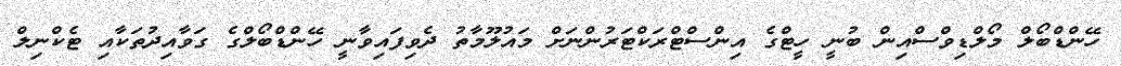
ހޭންޑްބޯލް މޯލްޑިވްސްއިން ބުނީ ހީޓްގެ އިންސްޓްރަކްޓަރުންނަށް މައުލޫމާތު ދެވިފައިވާނީ ހޭންޑްބޯލްގެ ގަވާއިދުތަކާއި ޓެކްނިލް